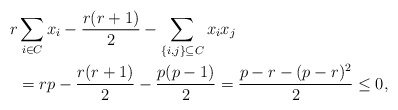
\begin{align*}r&\sum_{i \in C}x_i - \frac{r(r+1)}{2}-\sum_{\{i,j\} \subseteq C}x_ix_j \\&= rp - \frac{r(r+1)}{2} - \frac{p(p-1)}{2}= \frac{p-r -(p-r)^2}{2} \leq 0,\end{align*}